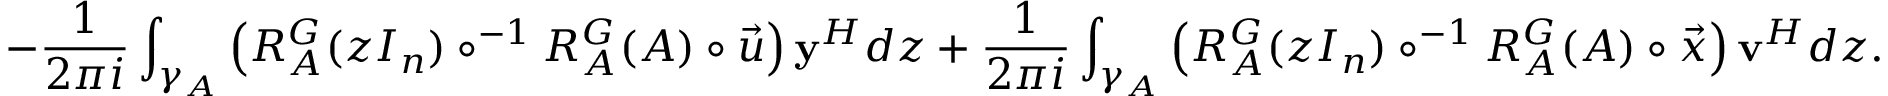
- \frac { 1 } { 2 \pi i } \int _ { \gamma _ { A } } \left( R _ { A } ^ { G } ( z I _ { n } ) \circ ^ { - 1 } R _ { A } ^ { G } ( A ) \circ \vec { u } \right) \mathbf { y } ^ { H } d z + \frac { 1 } { 2 \pi i } \int _ { \gamma _ { A } } \left( R _ { A } ^ { G } ( z I _ { n } ) \circ ^ { - 1 } R _ { A } ^ { G } ( A ) \circ \vec { x } \right) \mathbf { v } ^ { H } d z .